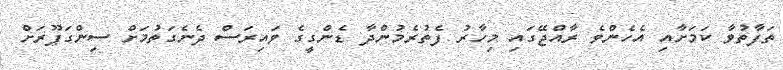
ތަފާތުވާ ކަމަށާއި އެހެންވެ ރާއްޖޭގައި މިހާރު ފެތުރެމުންދާ ޑެންގީގެ ވައިރަސް ދެނެގަތުމަށް ސިންގަޕޫރަށް